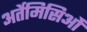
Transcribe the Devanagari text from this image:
अर्तेमिसिओं